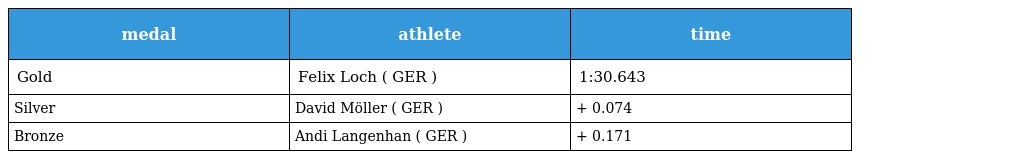
| medal | athlete | time |
 | --- | --- | --- |
 | Gold | Felix Loch ( GER ) | 1:30.643 |
 | Silver | David Möller ( GER ) | + 0.074 |
 | Bronze | Andi Langenhan ( GER ) | + 0.171 |